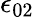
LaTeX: \epsilon_{02}